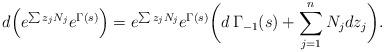
LaTeX: \begin{align*}d \Bigl( e^{\sum z_j N_j} e^{\Gamma(s)} \Bigr) =e^{\sum z_j N_j} e^{\Gamma(s)} \biggl( d \, \Gamma_{-1}(s) + \sum_{j=1}^n N_j dz_j \biggr).\end{align*}